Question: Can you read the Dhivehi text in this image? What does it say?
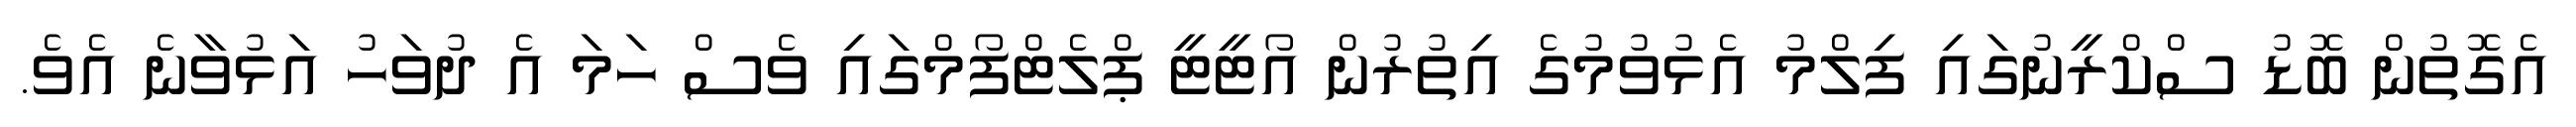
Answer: އެގޮތުން ބޮޑު ސްކްރީނުގައި ފިލްމު އެޅުވުމުގެ އިތުރުން އޯޓީޓީ ޕްލެޓްފޯމްގައި ވެސް ހަމަ އެ ދުވަހު އަޅުވާނެ އެވެ.